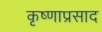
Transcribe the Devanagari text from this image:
कृष्णाप्रसाद